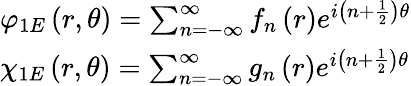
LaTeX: \begin{array}{l}{{\varphi_{1E}\left(r,\theta\right)=\sum_{n=-\infty}^{\infty}f_{n}\left(r\right)e^{i\left(n+\frac{1}{2}\right)\theta}}}\\ {{\chi_{1E}\left(r,\theta\right)=\sum_{n=-\infty}^{\infty}g_{n}\left(r\right)e^{i\left(n+\frac{1}{2}\right)\theta}}}\end{array}